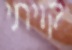
קויתי